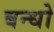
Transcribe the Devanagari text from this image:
बन्धो